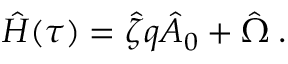
\hat { H } ( \tau ) = \hat { \zeta } q \hat { A } _ { 0 } + \hat { \Omega } \; .